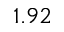
1 . 9 2